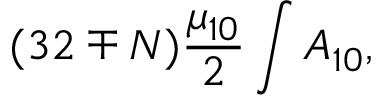
( 3 2 \mp N ) { \frac { \mu _ { 1 0 } } { 2 } } \int A _ { 1 0 } ,